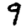
Digit: 9